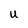
Character: U